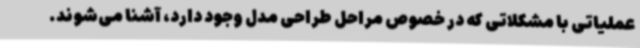
عملیاتی با مشکلاتی که در خصوص مراحل طراحی مدل وجود دارد، آشنا می‌شوند.